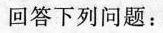
回答下列问题：